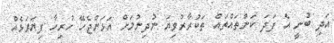
އަދި ބުނީ އެ ފަދަ ކަންތައްތައް ތަކުރާރުވިޔަ ނުދިނުމަށް އަޅަންޖެހޭ ހުރިހާ ފިޔަވަޅެއް